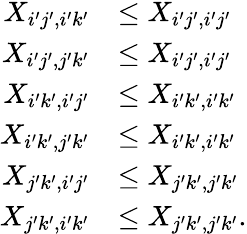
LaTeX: \begin{array}{rl}{X_{i^{\prime}j^{\prime},i^{\prime}k^{\prime}}}&{\leq X_{i^{\prime}j^{\prime},i^{\prime}j^{\prime}}}\\ {X_{i^{\prime}j^{\prime},j^{\prime}k^{\prime}}}&{\leq X_{i^{\prime}j^{\prime},i^{\prime}j^{\prime}}}\\ {X_{i^{\prime}k^{\prime},i^{\prime}j^{\prime}}}&{\leq X_{i^{\prime}k^{\prime},i^{\prime}k^{\prime}}}\\ {X_{i^{\prime}k^{\prime},j^{\prime}k^{\prime}}}&{\leq X_{i^{\prime}k^{\prime},i^{\prime}k^{\prime}}}\\ {X_{j^{\prime}k^{\prime},i^{\prime}j^{\prime}}}&{\leq X_{j^{\prime}k^{\prime},j^{\prime}k^{\prime}}}\\ {X_{j^{\prime}k^{\prime},i^{\prime}k^{\prime}}}&{\leq X_{j^{\prime}k^{\prime},j^{\prime}k^{\prime}}.}\end{array}